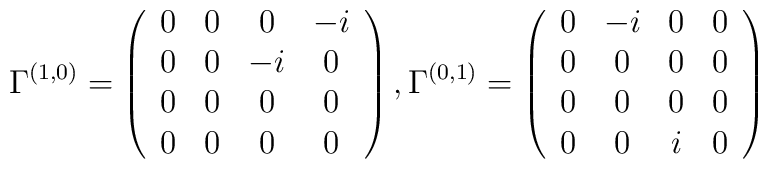
\Gamma^{(1,0)}=\left(\begin{array}{cccc}    0&0&0&-i\\0&0&-i&0\\0&0&0&0\\0&0&0&0    \end{array}\right),    \Gamma^{(0,1)}=\left(\begin{array}{cccc}    0&-i&0&0\\0&0&0&0\\0&0&0&0\\0&0&i&0    \end{array}\right)